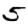
Digit: 5